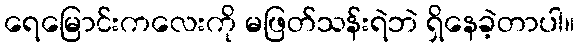
ရေမြောင်းကလေးကို မဖြတ်သန်းရဲဘဲ ရှိနေခဲ့တာပါ။